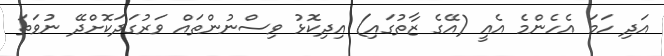
އަދި ހަމަ އެހެންމެ އެއީ (އޭގެ ޒާތުގައި) އިދިކޮޅު ވިސްނުންތައް ވަރުގަދަކޮށްދޭ ނުވަތަ